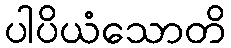
ပါပိယံသောတိ